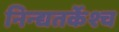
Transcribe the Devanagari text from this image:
निन्द्यतर्केश्च